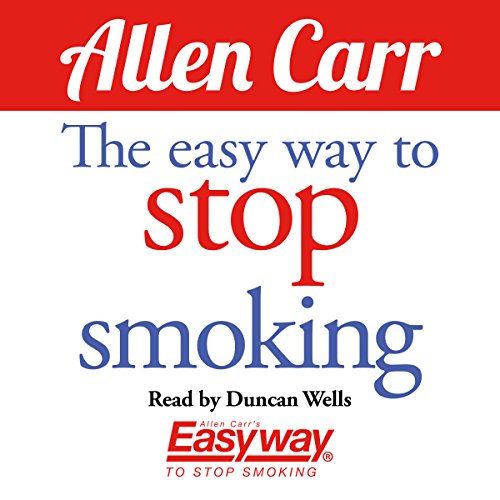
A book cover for The Easy Way to Stop Smoking; Allen Carr; Health, Fitness & Dieting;